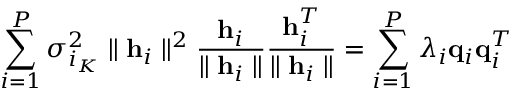
\sum _ { i = 1 } ^ { P } \sigma _ { i _ { K } } ^ { 2 } \parallel \mathbf { h } _ { i } \parallel ^ { 2 } \frac { \mathbf { h } _ { i } } { \parallel \mathbf { h } _ { i } \parallel } \frac { \mathbf { h } _ { i } ^ { T } } { \parallel \mathbf { h } _ { i } \parallel } = \sum _ { i = 1 } ^ { P } \lambda _ { i } \mathbf { q } _ { i } \mathbf { q } _ { i } ^ { T }